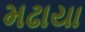
મઢાયા